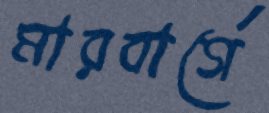
মারবার্গে